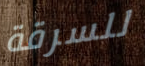
للسرقة